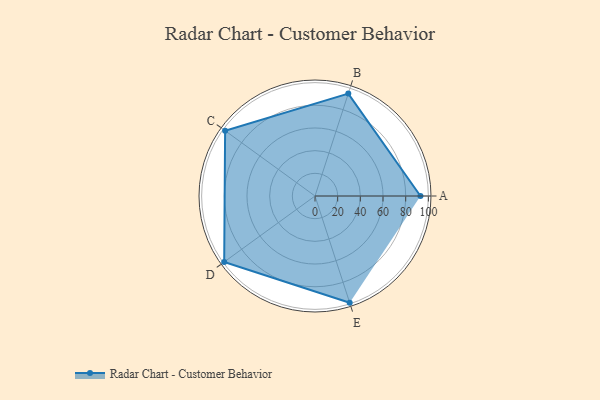
{"axis": {"x": "Skill", "y": "Score"}, "legend": ["Profile"], "data": [{"x": "A", "y": 93.0, "type": "Profile"}, {"x": "B", "y": 95.0, "type": "Profile"}, {"x": "C", "y": 98.0, "type": "Profile"}, {"x": "D", "y": 99, "type": "Profile"}, {"x": "E", "y": 99, "type": "Profile"}]}